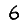
Digit: 6